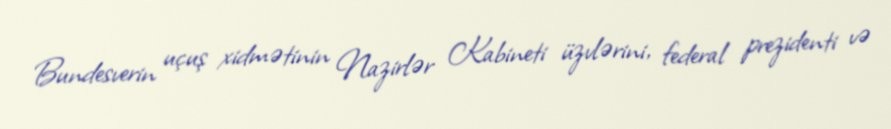
Bundesverin uçuş xidmətinin Nazirlər Kabineti üzvlərini, federal prezidenti və